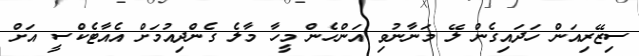
ސިޒޭރިއަން ހަދައިގެން ލޭ މަނާނުވި އަންހެން މީހާ މާލެ ގެންދިއުމަށް އެއާޓެކްސީ އަށް